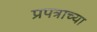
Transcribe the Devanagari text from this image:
प्रपत्राच्या